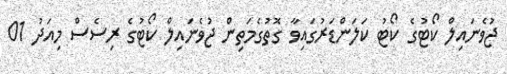
ޖުވެނައިލް ކޯޓުގެ ކޯޓު ކަލަންޑަރުގައިވާ ގޮތުގެމަތިން ޖުވެނައިލް ކޯޓުގެ ރިސެސް މިއަދު 01